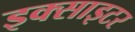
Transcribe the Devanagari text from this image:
इक्साइटर